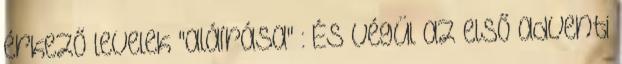
érkező levelek "aláírása" : És végül az első adventi